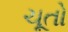
ચૂતો